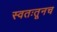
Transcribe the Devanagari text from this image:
स्वतःतूनच